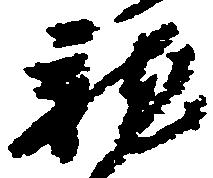
龍